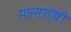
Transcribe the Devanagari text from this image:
मात्सातोषी